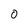
Character: 0